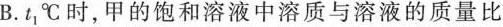
B.t_{1}℃时，甲的饱和溶液中溶质与溶液的质量比